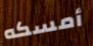
أمسكه